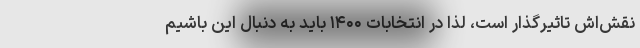
نقش‌اش تاثیرگذار است، لذا در انتخابات ۱۴۰۰ باید به دنبال این باشیم